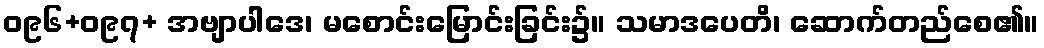
ဝ၉၆+ဝ၉၇+ အဗျာပါဒေ၊ မစောင်းမြောင်းခြင်း၌။ သမာဒပေတိ၊ ဆောက်တည်စေ၏။